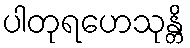
ပါတုရဟေသုန္တိ